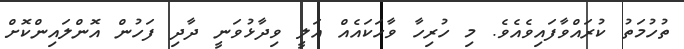
ތުހުމަތު ކުރައްވާފައިވެއެވެ. މި ހުރިހާ ވާހަކައެއް އަލީ ވިދާޅުވަނީ ދާދި ފަހުން އޮންލައިންކޮށް